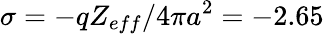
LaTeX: \sigma=-qZ_{eff}/4\pi a^{2}=-2.65